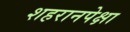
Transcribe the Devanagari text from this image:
शहरानपेक्षा